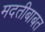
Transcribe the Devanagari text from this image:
मदतीबाबत